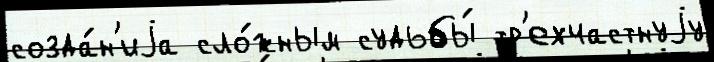
созда́н'иjа сло́жным судьбы́ тр'ехчастнуjу